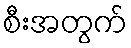
စီးအတွက်